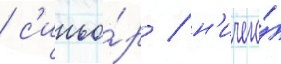
/ с'иньо́р / н'ичего́